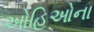
ઓહિઓના